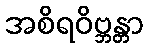
အစိရဝိဗ္ဘန္တာ